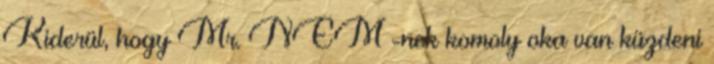
Kiderül, hogy Mr. NEM -nek komoly oka van küzdeni